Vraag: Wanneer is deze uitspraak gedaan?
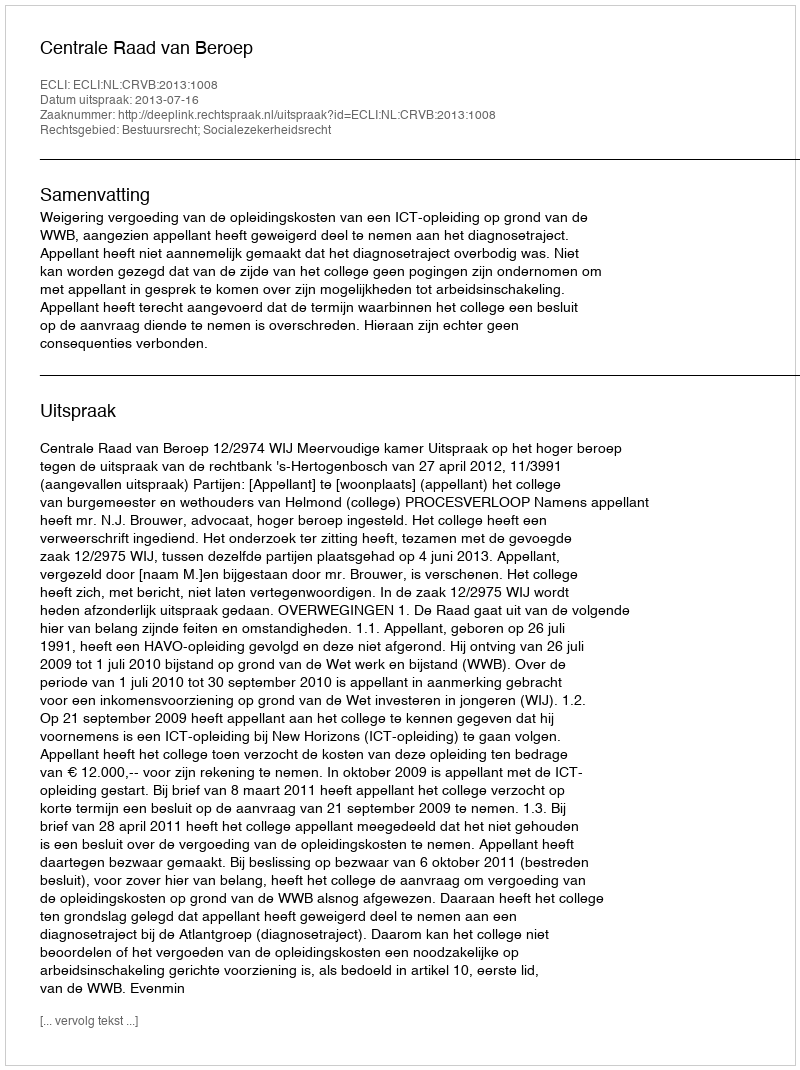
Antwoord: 2013-07-16